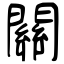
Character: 關